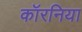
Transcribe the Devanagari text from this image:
कॉरनिया